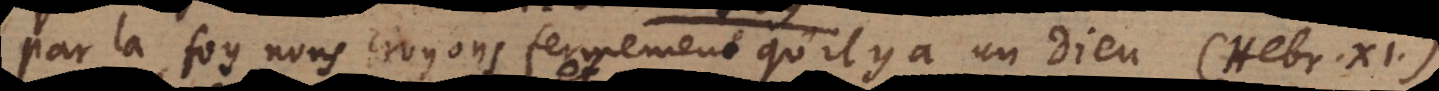
Par la foy nous croyons fermement qu’il y a un Dieu (Hebr. XI),